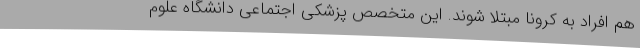
هم افراد به کرونا مبتلا شوند. این متخصص پزشکی اجتماعی دانشگاه علوم